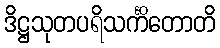
ဒိဋ္ဌသုတပရိသင်္ကိတောတိ